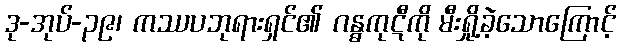
ဒု-အုပ်-၃၉၊ ကဿပဘုရားရှင်၏ ဂန္ဓကုဋီကို မီးရှို့ခဲ့သောကြောင့်